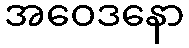
အဝေဒနော